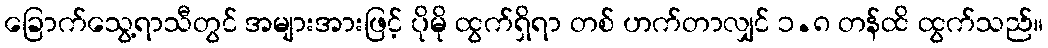
ခြောက်သွေ့ရာသီတွင် အများအားဖြင့် ပိုမို ထွက်ရှိရာ တစ် ဟက်တာလျှင် ၁.၈ တန်ထိ ထွက်သည်။